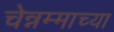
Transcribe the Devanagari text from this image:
चेन्नम्माच्या